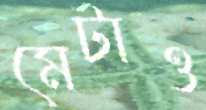
মেটাও